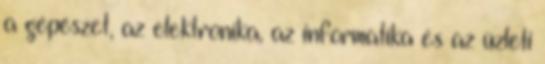
a gépészet, az elektronika, az informatika és az üzleti